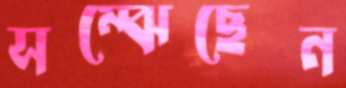
সম্‌ঝেছেন